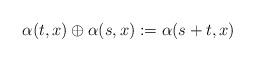
LaTeX: \begin{align*}\alpha(t,x) \oplus \alpha(s,x):= \alpha(s+t,x) \,\end{align*}